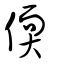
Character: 偄